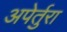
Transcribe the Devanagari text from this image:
अपेर्तुरा